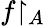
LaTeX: f{\upharpoonright_{A}}